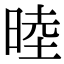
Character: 𬀻